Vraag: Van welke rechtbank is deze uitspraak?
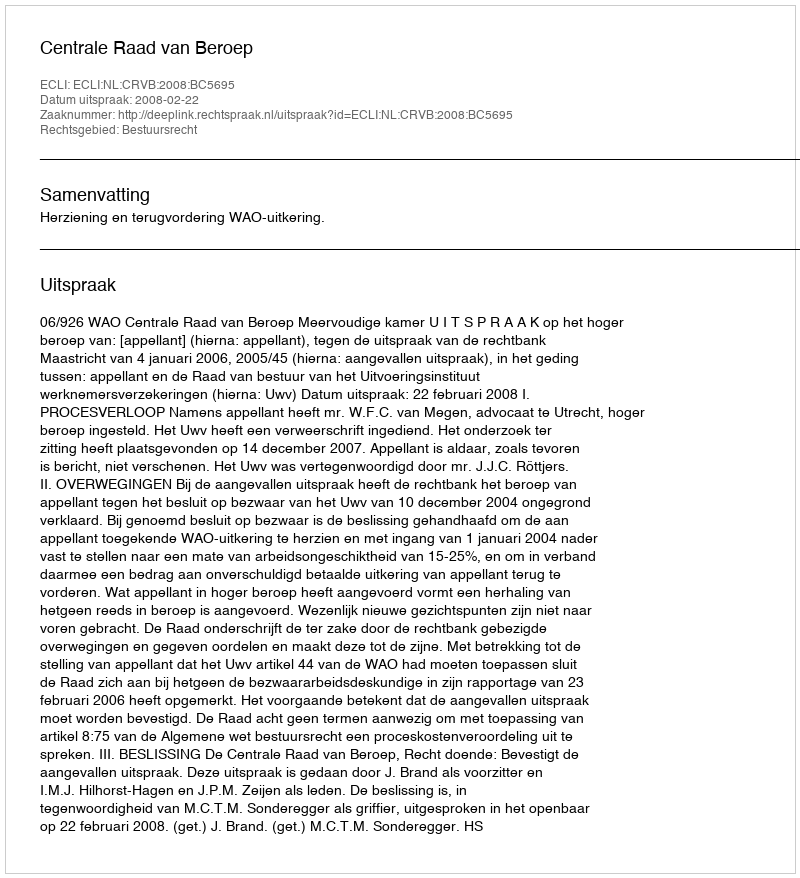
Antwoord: Centrale Raad van Beroep